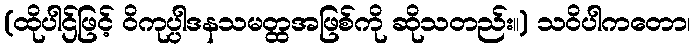
(ထိုပါဌ်ဖြင့် ဝိကုပ္ပါဒနသမတ္ထအဖြစ်ကို ဆိုသတည်း။) သဝိပါကတော၊